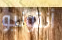
أنتونيو